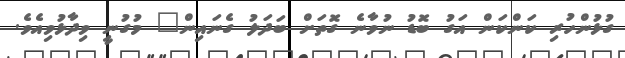
ގުޅުންހުރި ކަންކަން އަގު ބޮޑު ނުވާނެ ގޮތަށް ބަދަލު ގެނައިން" މުގުނީ ވިދާޅުވިއެވެ.